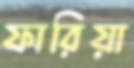
ফারিয়া